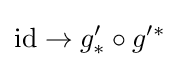
\operatorname {id} \to g'_{*}\circ g'^{*}